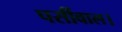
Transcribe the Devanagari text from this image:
पर्सीवाल।